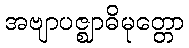
အဗျာပဇ္ဈာဓိမုတ္တော